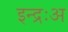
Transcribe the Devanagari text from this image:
इन्द्रःअ